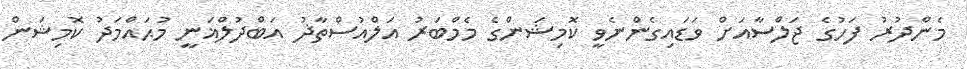
މެންދުރު ފަހުގެ ޖަލްސާއަށް ވަޑައިގެންނެވީ ކޮމިޝަންގެ މެމްބަރު އަލްއުސްތާޛު އަބްދުލްޣަނީ މުޙައްމަދު ކޮމިޝަން